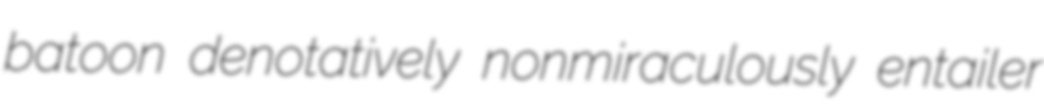
batoon denotatively nonmiraculously entailer